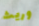
وريث